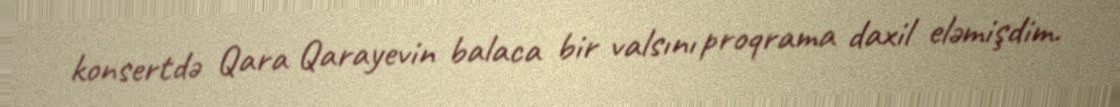
konsertdə Qara Qarayevin balaca bir valsını proqrama daxil eləmişdim.